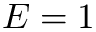
E = 1